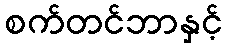
စက်တင်ဘာနှင့်